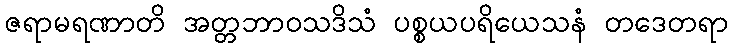
ဇရာမရဏာတိ အတ္တဘာဝသဒိသံ ပစ္စယပရိယေသနံ တဒေတရာ